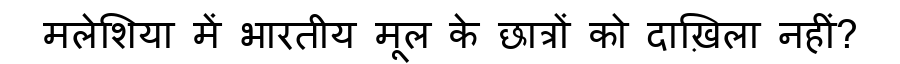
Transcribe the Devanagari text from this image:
मलेशिया में भारतीय मूल के छात्रों को दाख़िला नहीं?